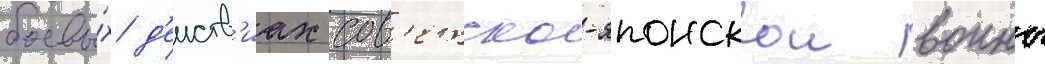
боевы́х д'еиств'иах сов'етско-японскои воины